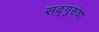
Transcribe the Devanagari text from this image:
सद्गुरुंचा